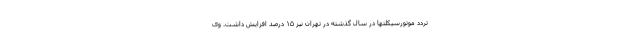
تردد موتورسیکلتها در سال گذشته در تهران نیز ۱۵ درصد افزایش داشت. وی